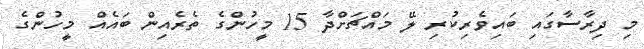
މި ދިރާސާގައި ބައިވެރިކުރި ލޭ މައްޗަށްދާ 15 މީހުންގެ ތެރެއިން ބައެއް މީހުންގެ